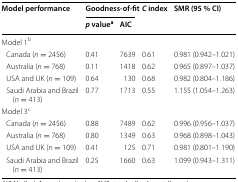
| <ROWSPAN=2> Model performance | <COLSPAN=2> Goodness-of-fit | <ROWSPAN=2> C index | <ROWSPAN=2> SMR (95 % CI) |
 | p valuea | AIC |
 | --- | --- | --- | --- | --- |
 | <COLSPAN=5> Model 1b |
 | Canada (n = 2456) | 0.41 | 7639 | 0.61 | 0.981 (0.942–1.021) |
 | Australia (n = 768) | 0.11 | 1418 | 0.62 | 0.965 (0.897–1.037) |
 | USA and UK (n = 109) | 0.64 | 130 | 0.68 | 0.982 (0.804–1.186) |
 | Saudi Arabia and Brazil (n = 413) | 0.77 | 1713 | 0.55 | 1.155 (1.054–1.263) |
 | <COLSPAN=5> Model 3c |
 | Canada (n = 2456) | 0.88 | 7489 | 0.62 | 0.996 (0.956–1.037) |
 | Australia (n = 768) | 0.80 | 1349 | 0.63 | 0.968 (0.898–1.043) |
 | USA and UK (n = 109) | 0.41 | 125 | 0.71 | 0.981 (0.801–1.190) |
 | Saudi Arabia and Brazil (n = 413) | 0.25 | 1660 | 0.63 | 1.099 (0.943–1.311) |